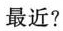
最近？